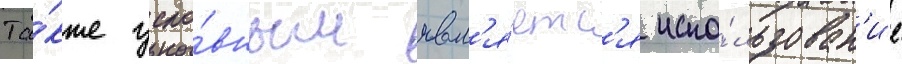
Та́кже усло́вным явл'я́етс'я испо́льзован'ие